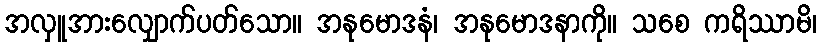
အလှူအားလျှောက်ပတ်သော။ အနုမောဒနံ၊ အနုမောဒနာကို။ သစေ ကရိဿာမိ၊